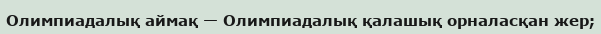
Олимпиадалық аймақ — Олимпиадалық қалашық орналасқан жер;